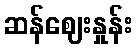
ဆန်ဈေးနှုန်း